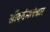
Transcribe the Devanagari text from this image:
सौंदर्यमलंकार